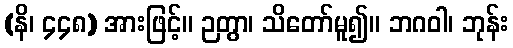
(နိ၊ ၄၄၈) အားဖြင့်။ ဉတွာ၊ သိတော်မူ၍။ ဘဂဝါ၊ ဘုန်း